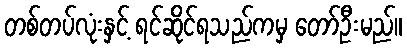
တစ်တပ်လုံးနှင့် ရင်ဆိုင်ရသည်ကမှ တော်ဦးမည်။